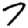
Digit: 7